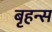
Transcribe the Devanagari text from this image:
बृहन्स